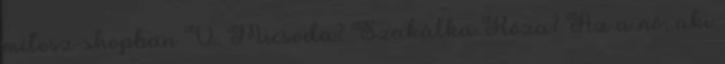
mítosz-shopban V. Micsoda? Szakálka Róza? Az a nő, aki